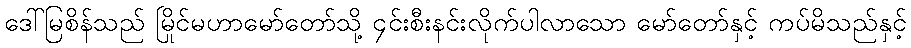
ဒေါ်မြစိန်သည် မြိုင်မဟာမော်တော်သို့ ၄င်းစီးနင်းလိုက်ပါလာသော မော်တော်နှင့် ကပ်မိသည်နှင့်